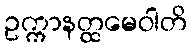
ဥက္ကာနတ္ထမေဝါတိ